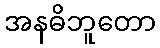
အနဓိဘူတော